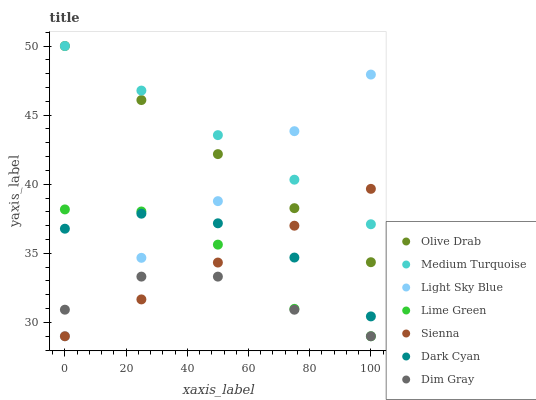
| xaxis_label | Olive Drab | Medium Turquoise | Light Sky Blue | Lime Green | Sienna | Dark Cyan | Dim Gray |
 | --- | --- | --- | --- | --- | --- | --- | --- |
 | 0 | 50 | 50 | 29 | 38.2 | 29 | 36.8 | 30.9 |
 | 25 | 46.1 | 46.8 | 34.7 | 38 | 31.7 | 37.9 | 33.3 |
 | 50 | 42.2 | 43.6 | 38.8 | 35.6 | 34.3 | 37.2 | 33.3 |
 | 75 | 38.3 | 40.3 | 43.8 | 31 | 37 | 34.7 | 30.9 |
 | 100 | 34.4 | 37.1 | 47.9 | 29 | 39.7 | 30.4 | 29 |